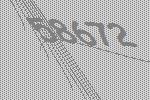
58672